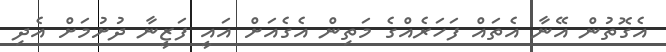
އެގޮތުން އޭނާ އެތައް ފަހަރެއްގެ މަތިން އެގެއަށް އައީ ފަޒީނާ ދުށުމަށް އެދި